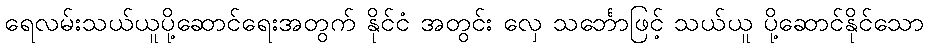
ရေလမ်းသယ်ယူပို့ဆောင်ရေးအတွက် နိုင်ငံ အတွင်း လှေ သင်္ဘောဖြင့် သယ်ယူ ပို့ဆောင်နိုင်သော